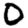
Digit: 0